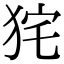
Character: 𤞌